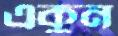
একুন